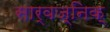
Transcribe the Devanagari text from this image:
सार्वज्निक्